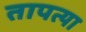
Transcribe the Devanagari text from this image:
तापत्या